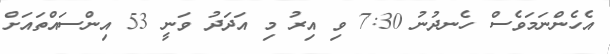
އެހެންނަމަވެސް ހެނދުނު 7:30 ވި އިރު މި އަދަދު ވަނީ 53 އިންސައްތައަށް